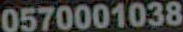
0570001038